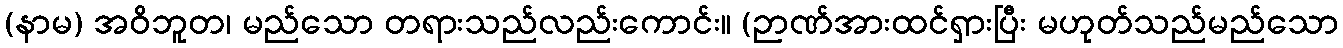
(နာမ) အဝိဘူတ၊ မည်သော တရားသည်လည်းကောင်း။ (ဉာဏ်အားထင်ရှားပြီး မဟုတ်သည်မည်သော